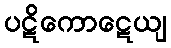
ပဋိကောဋေယျ